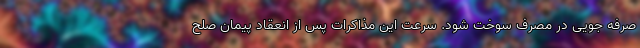
صرفه جویی در مصرف سوخت شود. سرعت این مذاکرات پس از انعقاد پیمان صلح